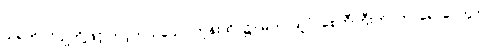
သရက်ပင်ပျိုတို့ဖြင့် တင့်တယ်သော ကုန်းထိပ်၌။ မဟာထူပံ၊ စေတီကြီးကို။ ကာရောပေတွာ၊